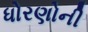
ધોરણોની